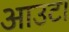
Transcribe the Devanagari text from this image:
आउट।